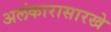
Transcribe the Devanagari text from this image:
अलंकारासारखे